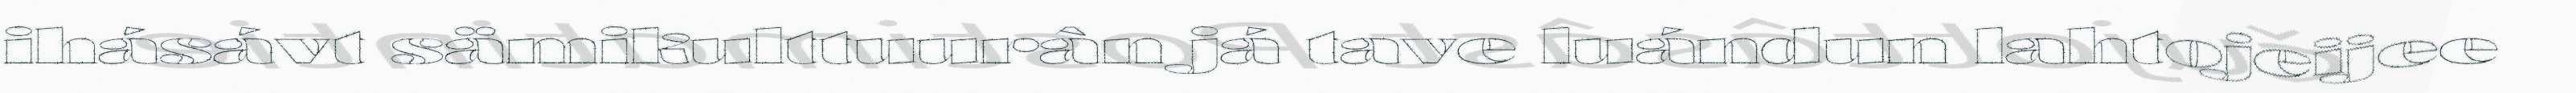
ihásávt sämikulttuurân já tave luándun lahtojeijee